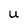
Character: u